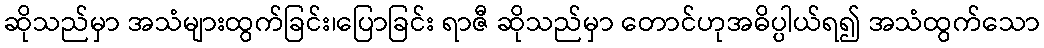
ဆိုသည်မှာ အသံများထွက်ခြင်း၊ပြောခြင်း ရာဇီ ဆိုသည်မှာ တောင်ဟုအဓိပ္ပါယ်ရ၍ အသံထွက်သော